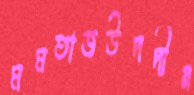
মমতাজউদদীন